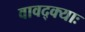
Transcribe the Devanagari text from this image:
वावद्क्याः